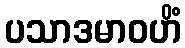
ပသာဒမာဝဟိံ